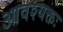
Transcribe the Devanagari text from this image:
आवश्यक्तः